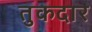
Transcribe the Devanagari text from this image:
तुकदार